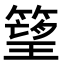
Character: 𥲠